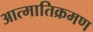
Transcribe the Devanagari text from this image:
आत्मातिक्रमण